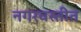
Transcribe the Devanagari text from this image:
नगरवस्तीत